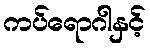
ကပ်ရောဂါနှင့်